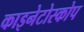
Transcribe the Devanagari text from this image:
काइनेटोस्कोप